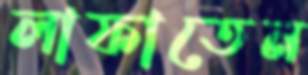
লাফাতেন